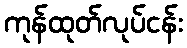
ကုန်ထုတ်လုပ်ငန်း